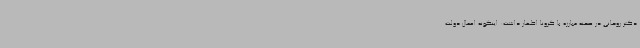
دکتر روحانی در صحنه مبارزه با کرونا اظهار داشت: اینگونه اعمال دولت